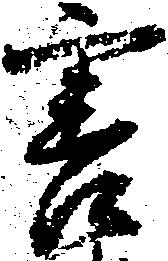
害